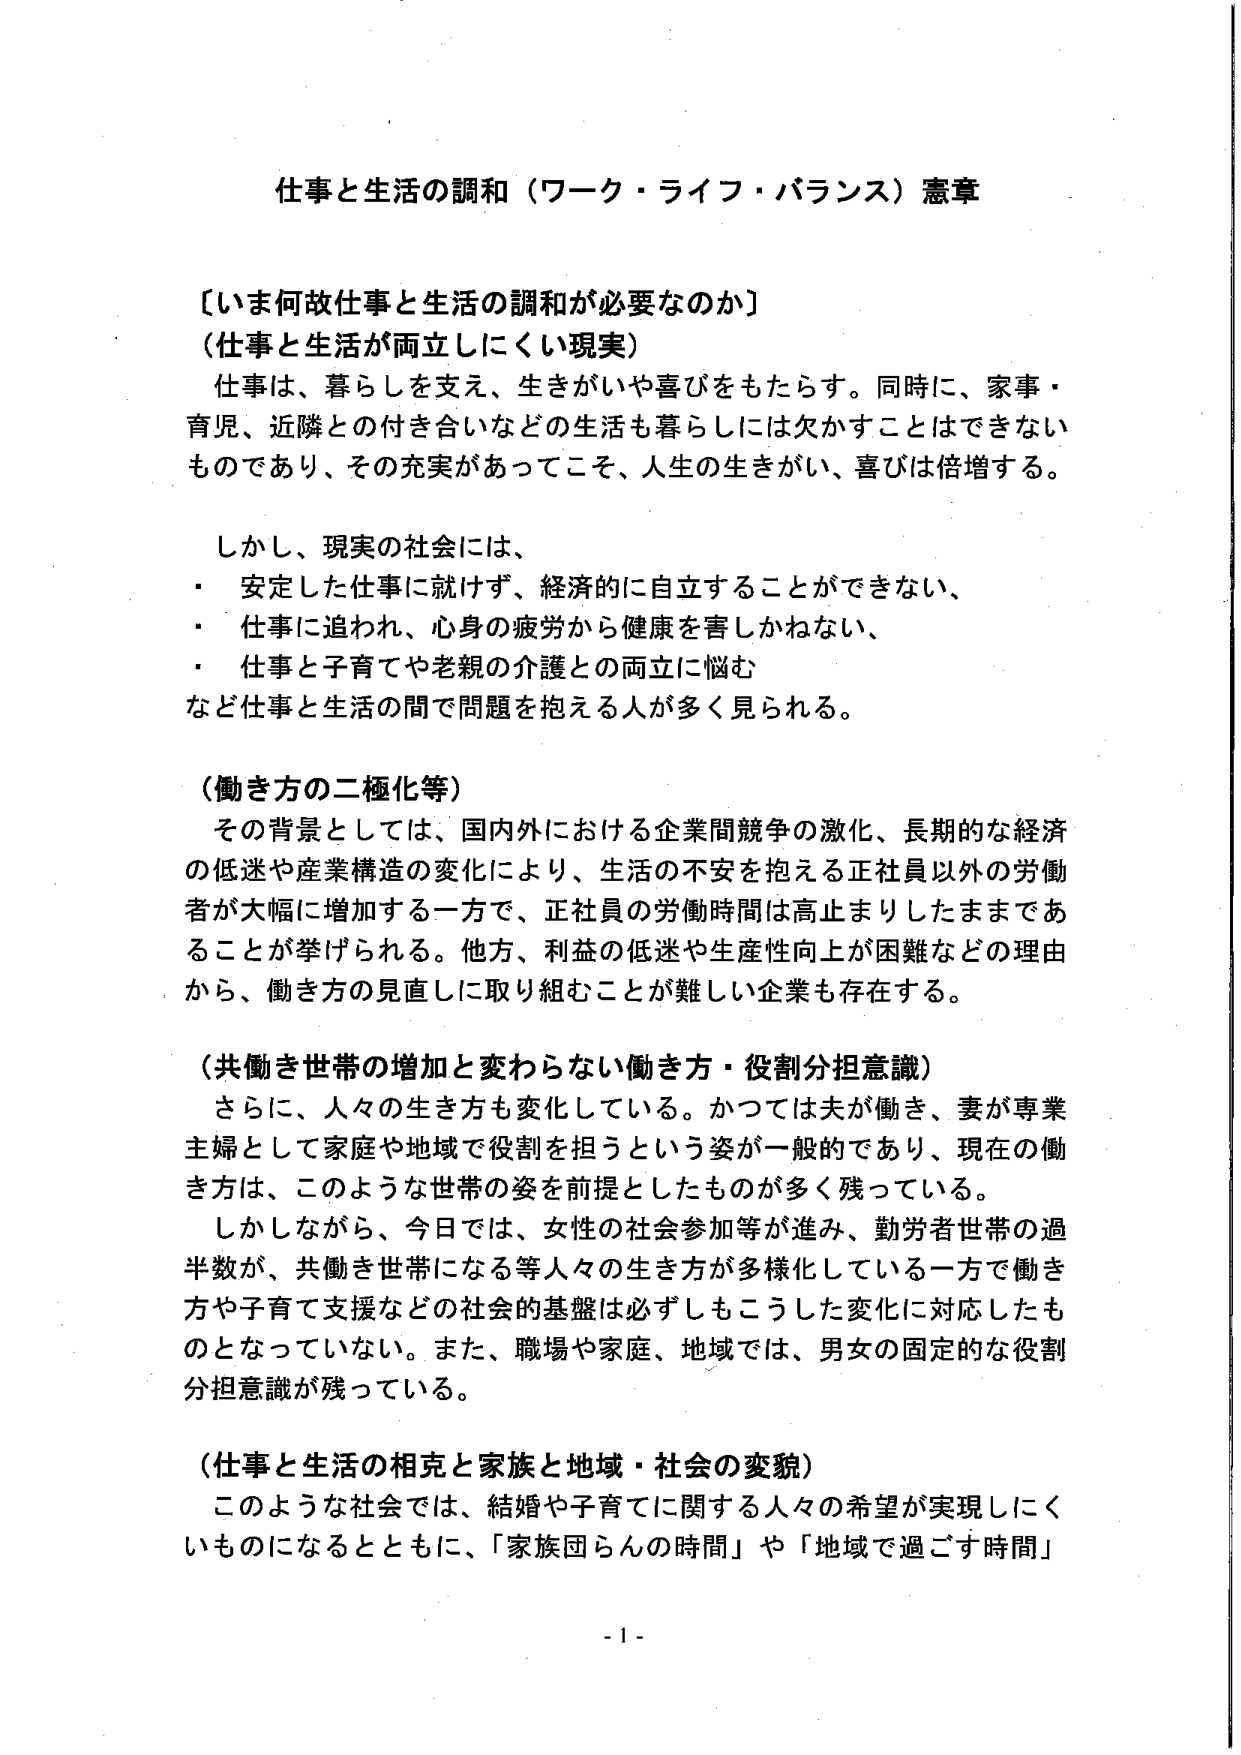
仕事と生活の調和（ワーク・ライフ・バランス）憲章

〔いま何故仕事と生活の調和が必要なのか〕
（仕事と生活が両立しにくい現実）
仕事は、暮らしを支え、生きがいや喜びをもたらす。同時に、家事・
育児、近隣との付き合いなどの生活も暮らしには欠かすことはできない
ものであり、その充実があってこそ、人生の生きがい、喜びは倍増する。

しかし、現実の社会には、
・ 安定した仕事に就けず、経済的に自立することができない、
・ 仕事に追われ、心身の疲労から健康を害しかねない、
・ 仕事と子育てや老親の介護との両立に悩む
など仕事と生活の間で問題を抱える人が多く見られる。

（働き方の二極化等）
その背景としては、国内外における企業間競争の激化、長期的な経済
の低迷や産業構造の変化により、生活の不安を抱える正社員以外の労働
者が大幅に増加する一方で、正社員の労働時間は高止まりしたままであ
ることが挙げられる。他方、利益の低迷や生産性向上が困難などの理由
から、働き方の見直しに取り組むことが難しい企業も存在する。

（共働き世帯の増加と変わらない働き方・役割分担意識）
さらに、人々の生き方も変化している。かつては夫が働き、妻が専業
主婦として家庭や地域で役割を担うという姿が一般的であり、現在の働
き方は、このような世帯の姿を前提としたものが多く残っている。
しかしながら、今日では、女性の社会参加等が進み、勤労者世帯の過
半数が、共働き世帯になる等人々の生き方が多様化している一方で働き
方や子育て支援などの社会的基盤は必ずしもこうした変化に対応したも
のとなっていない。また、職場や家庭、地域では、男女の固定的な役割
分担意識が残っている。

（仕事と生活の相克と家族と地域・社会の変貌）
このような社会では、結婚や子育てに関する人々の希望が実現しにく
いものになるとともに、「家族団らんの時間」や「地域で過ごす時間」

- 1 -